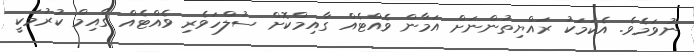
ނުވަމެވެ. އެކަމަކު ރައްޔިތުންނަށް އަމާން ވެއްޓެއް ގާއިމްކޮށް ސުލްހަވެރި ވެއްޓެއް ގާއިމް ކުރުމަކީ